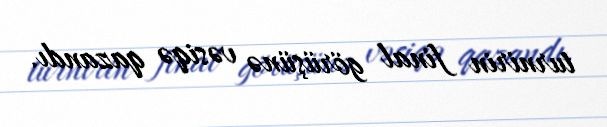
turnirin final görüşünə vəsiqə qazandı.